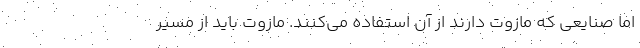
اما صنایعی که مازوت دارند از آن استفاده می‌کنند. مازوت باید از مسیر